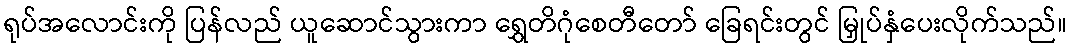
ရုပ်အလောင်းကို ပြန်လည် ယူဆောင်သွားကာ ရွှေတိဂုံစေတီတော် ခြေရင်းတွင် မြှုပ်နှံပေးလိုက်သည်။